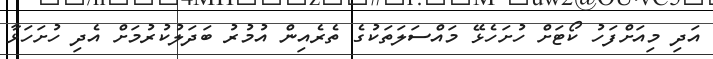
އަދި މިއަށްފަހު ކޯޓަށް ހުށަހެޅޭ މައްސަލަތަކުގެ ތެރެއިން އުމުރު ބަދަލުކުރުމަށް އެދި ހުށަހަޅާ